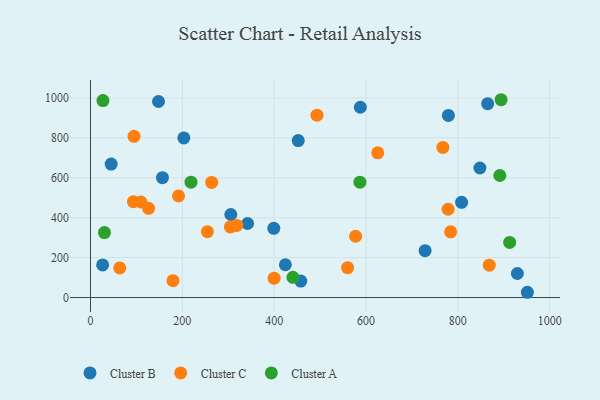
{"axis": {"x": "Investment", "y": "Demand"}, "legend": ["Cluster A", "Cluster B", "Cluster C"], "data": [{"x": "424.4", "y": 164.3, "type": "Cluster B"}, {"x": "148.1", "y": 982.4, "type": "Cluster B"}, {"x": "305.6", "y": 416.0, "type": "Cluster B"}, {"x": "45.0", "y": 668.9, "type": "Cluster B"}, {"x": "342.1", "y": 371.1, "type": "Cluster B"}, {"x": "458.0", "y": 82.5, "type": "Cluster B"}, {"x": "156.7", "y": 600.5, "type": "Cluster B"}, {"x": "865.0", "y": 971.6, "type": "Cluster B"}, {"x": "399.2", "y": 346.7, "type": "Cluster B"}, {"x": "587.7", "y": 953.4, "type": "Cluster B"}, {"x": "728.7", "y": 234.7, "type": "Cluster B"}, {"x": "26.4", "y": 163.6, "type": "Cluster B"}, {"x": "452.4", "y": 786.6, "type": "Cluster B"}, {"x": "929.7", "y": 120.6, "type": "Cluster B"}, {"x": "779.5", "y": 912.4, "type": "Cluster B"}, {"x": "848.1", "y": 649.2, "type": "Cluster B"}, {"x": "203.3", "y": 799.8, "type": "Cluster B"}, {"x": "951.5", "y": 26.4, "type": "Cluster B"}, {"x": "808.2", "y": 477.1, "type": "Cluster B"}, {"x": "318.6", "y": 361.3, "type": "Cluster C"}, {"x": "93.5", "y": 480.2, "type": "Cluster C"}, {"x": "109.7", "y": 478.7, "type": "Cluster C"}, {"x": "868.5", "y": 162.1, "type": "Cluster C"}, {"x": "399.9", "y": 96.9, "type": "Cluster C"}, {"x": "625.6", "y": 725.0, "type": "Cluster C"}, {"x": "263.9", "y": 576.9, "type": "Cluster C"}, {"x": "560.0", "y": 149.7, "type": "Cluster C"}, {"x": "577.4", "y": 307.0, "type": "Cluster C"}, {"x": "63.7", "y": 148.5, "type": "Cluster C"}, {"x": "304.7", "y": 354.0, "type": "Cluster C"}, {"x": "778.9", "y": 442.5, "type": "Cluster C"}, {"x": "254.6", "y": 329.9, "type": "Cluster C"}, {"x": "179.6", "y": 84.3, "type": "Cluster C"}, {"x": "493.3", "y": 913.8, "type": "Cluster C"}, {"x": "126.5", "y": 446.8, "type": "Cluster C"}, {"x": "191.7", "y": 509.4, "type": "Cluster C"}, {"x": "784.3", "y": 329.4, "type": "Cluster C"}, {"x": "94.8", "y": 807.6, "type": "Cluster C"}, {"x": "767.4", "y": 752.1, "type": "Cluster C"}, {"x": "27.1", "y": 986.9, "type": "Cluster A"}, {"x": "894.3", "y": 991.2, "type": "Cluster A"}, {"x": "440.9", "y": 101.3, "type": "Cluster A"}, {"x": "30.4", "y": 325.4, "type": "Cluster A"}, {"x": "912.9", "y": 276.1, "type": "Cluster A"}, {"x": "218.9", "y": 578.2, "type": "Cluster A"}, {"x": "586.8", "y": 577.9, "type": "Cluster A"}, {"x": "891.5", "y": 611.5, "type": "Cluster A"}]}